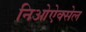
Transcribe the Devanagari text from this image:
निओऐक्सेल